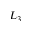
L _ { 3 }